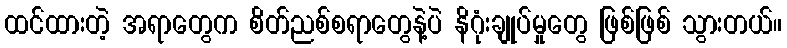
ထင်ထားတဲ့ အရာတွေက စိတ်ညစ်စရာတွေနဲ့ပဲ နိဂုံးချုပ်မှုတွေ ဖြစ်ဖြစ် သွားတယ်။